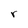
Character: r